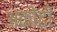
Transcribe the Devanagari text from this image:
अकोढी